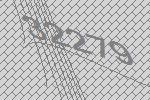
32279